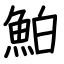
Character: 鮊